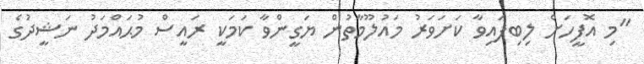
"މި އޮފީހަށް ލިބިފައިވާ ކަށަވަރު މައުލޫމާތުން ޔަގީންވާ ކަމަކީ ރައީސް މުޙައްމަދު ނަޝީދުގެ